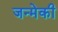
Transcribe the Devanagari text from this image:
जन्मेकी